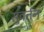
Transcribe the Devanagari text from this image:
सुवर्तन